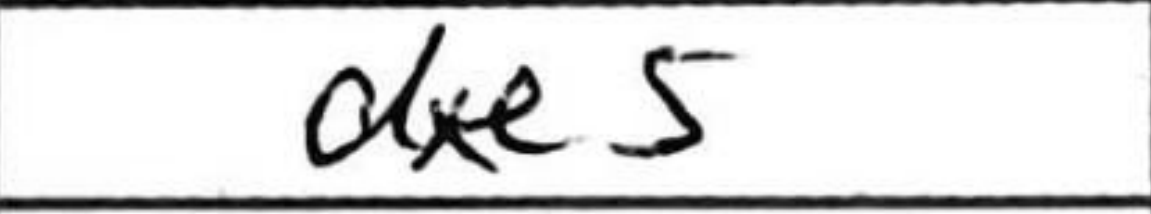
Transcription: dxe5